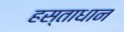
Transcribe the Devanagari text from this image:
हस्ताधान